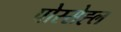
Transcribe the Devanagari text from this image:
पोस्सेह्ल